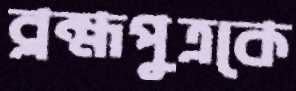
ব্রহ্মপুত্রকে